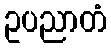
ဥပညာတံ